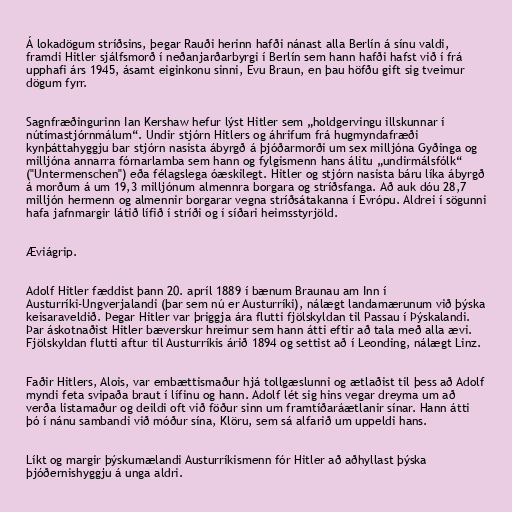
Á lokadögum stríðsins, þegar Rauði herinn hafði nánast alla Berlín á sínu valdi,
framdi Hitler sjálfsmorð í neðanjarðarbyrgi í Berlín sem hann hafði hafst við í frá
upphafi árs 1945, ásamt eiginkonu sinni, Evu Braun, en þau höfðu gift sig tveimur
dögum fyrr.

Sagnfræðingurinn Ian Kershaw hefur lýst Hitler sem „holdgervingu illskunnar í
nútímastjórnmálum“. Undir stjórn Hitlers og áhrifum frá hugmyndafræði
kynþáttahyggju bar stjórn nasista ábyrgð á þjóðarmorði um sex milljóna Gyðinga og
milljóna annarra fórnarlamba sem hann og fylgismenn hans álitu „undirmálsfólk“
("Untermenschen") eða félagslega óæskilegt. Hitler og stjórn nasista báru líka ábyrgð
á morðum á um 19,3 milljónum almennra borgara og stríðsfanga. Að auk dóu 28,7
milljón hermenn og almennir borgarar vegna stríðsátakanna í Evrópu. Aldrei í sögunni
hafa jafnmargir látið lífið í stríði og í síðari heimsstyrjöld.

Æviágrip.

Adolf Hitler fæddist þann 20. apríl 1889 í bænum Braunau am Inn í
Austurríki-Ungverjalandi (þar sem nú er Austurríki), nálægt landamærunum við þýska
keisaraveldið. Þegar Hitler var þriggja ára flutti fjölskyldan til Passau í Þýskalandi.
Þar áskotnaðist Hitler bæverskur hreimur sem hann átti eftir að tala með alla ævi.
Fjölskyldan flutti aftur til Austurríkis árið 1894 og settist að í Leonding, nálægt Linz.

Faðir Hitlers, Alois, var embættismaður hjá tollgæslunni og ætlaðist til þess að Adolf
myndi feta svipaða braut í lífinu og hann. Adolf lét sig hins vegar dreyma um að
verða listamaður og deildi oft við föður sinn um framtíðaráætlanir sínar. Hann átti
þó í nánu sambandi við móður sína, Klöru, sem sá alfarið um uppeldi hans.

Líkt og margir þýskumælandi Austurríkismenn fór Hitler að aðhyllast þýska
þjóðernishyggju á unga aldri.